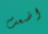
اضعت